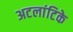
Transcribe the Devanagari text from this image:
अटलांटिके